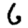
Digit: 6